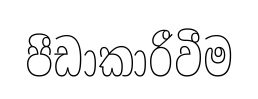
පීඩාකාරීවීම